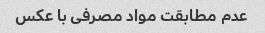
عدم مطابقت مواد مصرفی با عکس